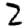
Digit: 2